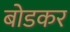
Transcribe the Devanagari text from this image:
बोडकर